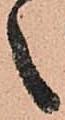
之